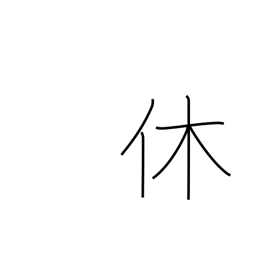
Meaning: retire